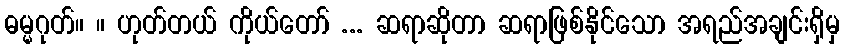
ဓမ္မဂုတ်။ ။ ဟုတ်တယ် ကိုယ်တော် ... ဆရာဆိုတာ ဆရာဖြစ်နိုင်သော အရည်အချင်းရှိမှ